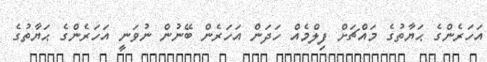
އަހަރެންގެ ޙަޔާތުގެ މައްޗަށް ފިލްމެއް ހަދަން އަހަރެން ބޭނުން ނުވަނީ އަހަރެންގެ ޙަޔާތުގެ